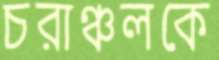
চরাঞ্চলকে